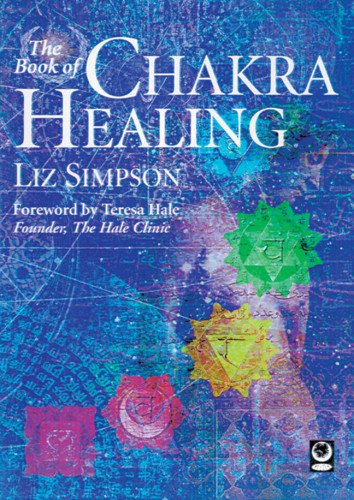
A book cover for The Book of Chakra Healing; Liz Simpson; Religion & Spirituality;